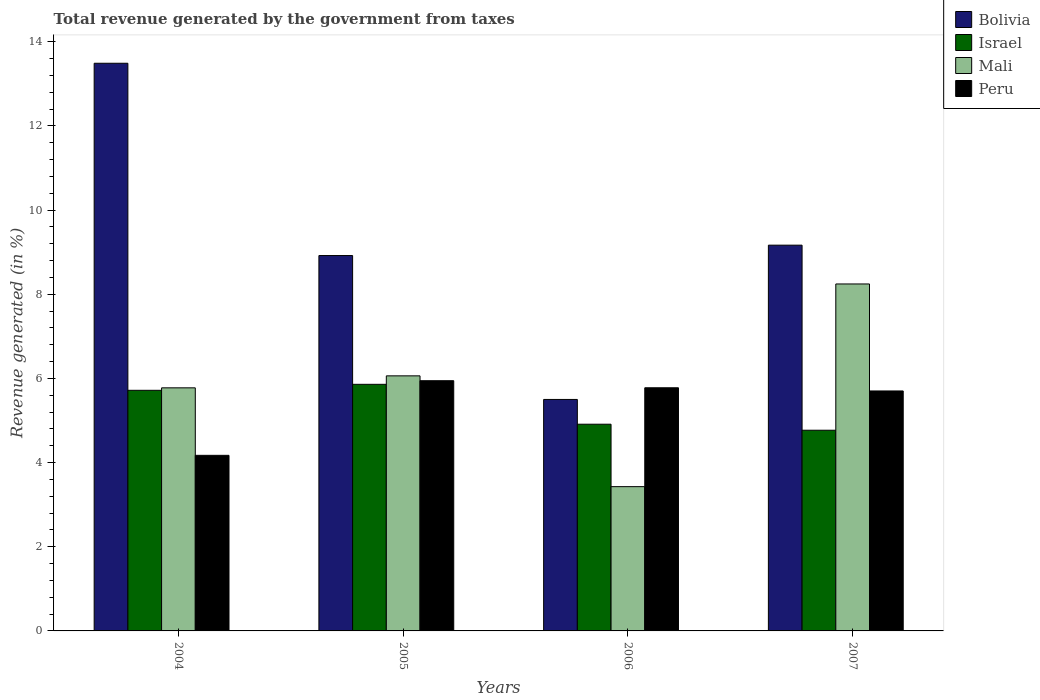
| Years | Bolivia | Israel | Mali | Peru |
 | --- | --- | --- | --- | --- |
 | 2004 | 13.5 | 5.72 | 5.78 | 4.17 |
 | 2005 | 8.92 | 5.86 | 6.06 | 5.95 |
 | 2006 | 5.5 | 4.91 | 3.43 | 5.78 |
 | 2007 | 9.17 | 4.77 | 8.25 | 5.7 |